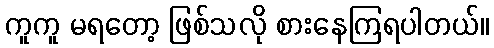
ကူကူ မရတော့ ဖြစ်သလို စားနေကြရပါတယ်။